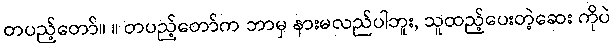
တပည့်တော်။ ။ တပည့်တော်က ဘာမှ နားမလည်ပါဘူး, သူထည့်ပေးတဲ့ဆေး ကိုပဲ